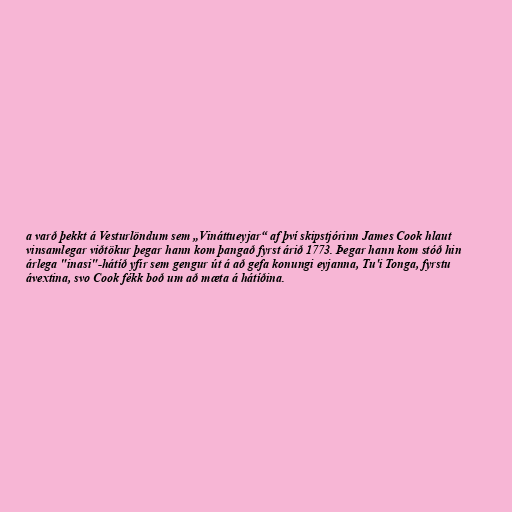
a varð þekkt á Vesturlöndum sem „Vináttueyjar“ af því skipstjórinn James Cook hlaut
vinsamlegar viðtökur þegar hann kom þangað fyrst árið 1773. Þegar hann kom stóð hin
árlega "inasi"-hátíð yfir sem gengur út á að gefa konungi eyjanna, Tu'i Tonga, fyrstu
ávextina, svo Cook fékk boð um að mæta á hátíðina.